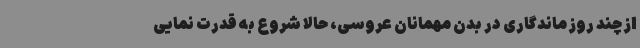
از چند روز ماندگاری در بدن مهمانان عروسی، حالا شروع به قدرت نمایی